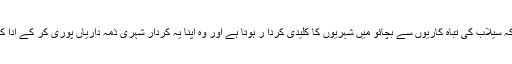
انہوں نے کہاکہ سیلاب کی تباہ کاریوں سے بچائو میں شہریوں کا کلیدی کردا ر ہوتا ہے اور وہ اپنا یہ کردار شہری ذمہ داریاں پوری کر کے ادا کر سکتے ہیں ۔